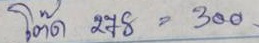
โต๊ด 278 = 300